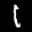
Label: 1